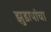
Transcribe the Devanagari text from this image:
झुडापांचा